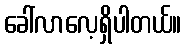
ခေါ်လာလေ့ရှိပါတယ်။